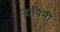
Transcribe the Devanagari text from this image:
दायिनीं